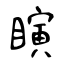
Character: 瞚